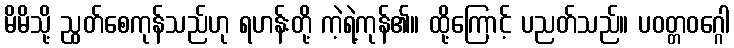
မိမိသို့ ညွတ်စေကုန်သည်ဟု ရဟန်းတို့ ကဲ့ရဲ့ကုန်၏။ ထို့ကြောင့် ပညတ်သည်။ ပဝတ္တဝဂ္ဂေါ